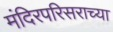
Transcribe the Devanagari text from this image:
मंदिरपरिसराच्या